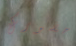
حضورك